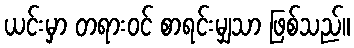
ယင်းမှာ တရားဝင် စာရင်းမျှသာ ဖြစ်သည်။